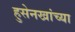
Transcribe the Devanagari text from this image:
हुसेनखांच्या